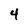
Character: 4